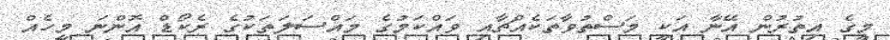
މީގެ އިތުރުން އޭނާ އަކީ މަސްތުވާތަކެއްޗާއި ވައްކަމުގެ މައްސަލަތަކުގެ ރެކޯޑް އޮންނަ މީހެއް